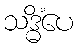
သဒ္ဓိံပေ